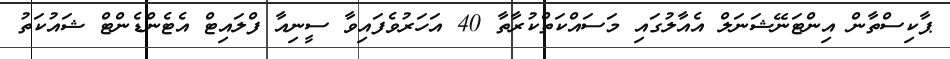
ޕާކިސްތާން އިންޓަނޭޝަނަލް އެެއާލުގައި މަސައްކަތްކުރާތާ 40 އަހަރުވެފައިވާ ސީނިއާ ފްލައިޓް އެޓެންޑެންޓް ޝައުކަތު